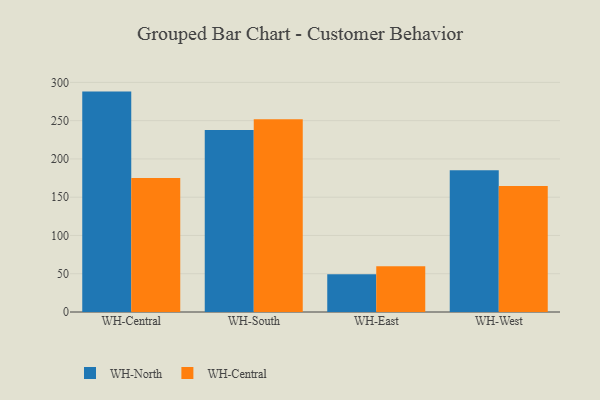
{"axis": {"x": "Warehouse", "y": "Bounce Rate (%)"}, "legend": ["WH-Central", "WH-North"], "data": [{"x": "WH-Central", "y": 288.0, "type": "WH-North"}, {"x": "WH-Central", "y": 175.1, "type": "WH-Central"}, {"x": "WH-South", "y": 237.7, "type": "WH-North"}, {"x": "WH-South", "y": 251.9, "type": "WH-Central"}, {"x": "WH-East", "y": 49.3, "type": "WH-North"}, {"x": "WH-East", "y": 59.8, "type": "WH-Central"}, {"x": "WH-West", "y": 185.3, "type": "WH-North"}, {"x": "WH-West", "y": 164.6, "type": "WH-Central"}]}